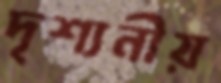
দৃশ্যনীয়